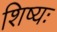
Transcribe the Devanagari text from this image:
शिष्यः